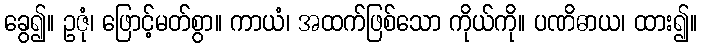
ခွေ၍။ ဥဇုံ၊ ဖြောင့်မတ်စွာ။ ကာယံ၊ အထက်ဖြစ်သော ကိုယ်ကို။ ပဏိဓာယ၊ ထား၍။